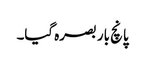
پانچ بار بصرہ گیا۔